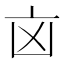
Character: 㐫